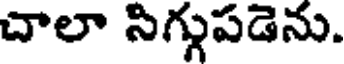
చాలా సిగ్గుపడెను.